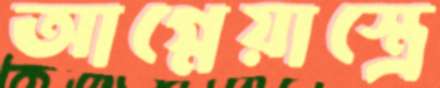
আগ্নেয়াস্ত্রে